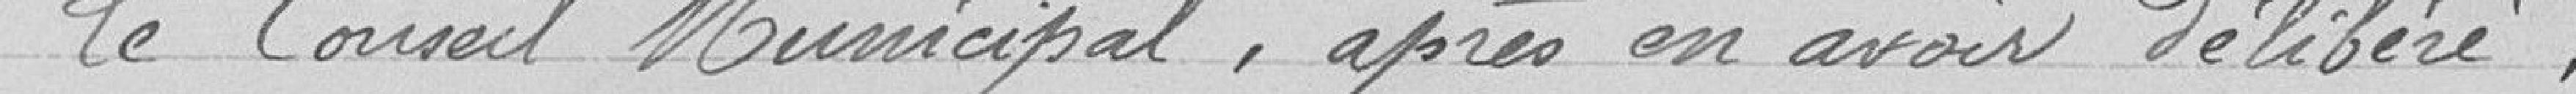
Le Conseil Municipal, après en avoir délibéré,